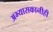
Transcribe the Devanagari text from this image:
अभ्यासकानीही